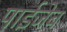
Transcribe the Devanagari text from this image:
पाईजेब